Vaccination report Assam 1896-1927 - 1896-1927
Year: 1896
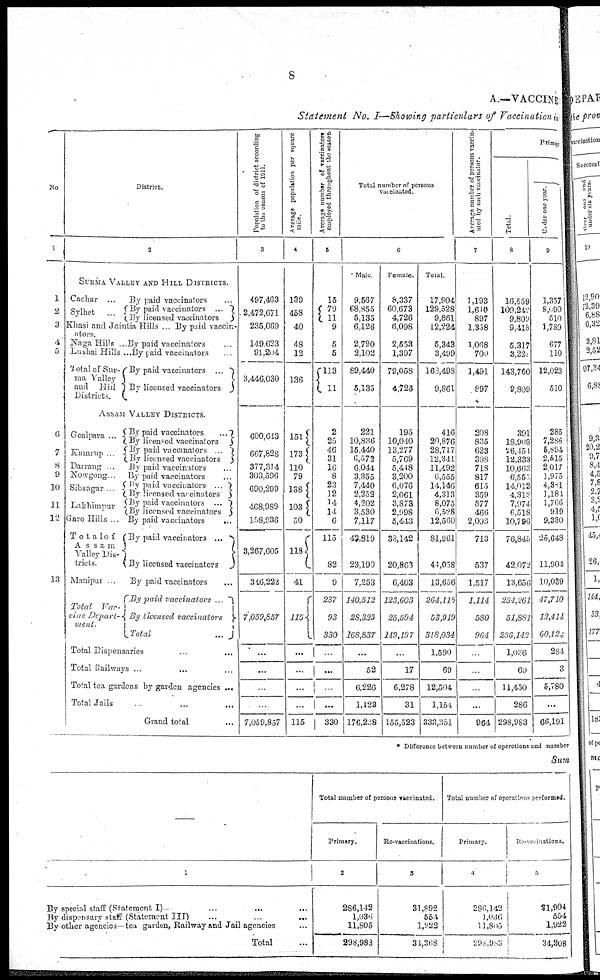
8
A.—VACCINE
Statement No. I—Showing particulars of Vaccination in
No
1
1
2
3
4
5
6
7
8
9
10
11
12
13
District.
2
SURMA VALLEY AND HILL DISTRICTS.
Cachar ...
Sylhet
...
By paid vaccinators ...
By paid vaccinators ...
By licensed vaccinators
Khasi and jaintia Hills .. 13y paid vaccin-
ators.
Naga Hills .. By paid vaccinators ...
Lushai Hills ... By Laid vaccinators ...
Total of sur¬
ma Valley
and
Hill
Districts.
By paid vaccinators ...
By licensed vaccinators
ASSAM VALLEY DISTRICTS.
Goalpara ...
Kamrup
.
Darrang .
Nowgong
Sibsagar
Lakhimpur
Garo Hills .
Total of
Assam
Valley Dis¬
tricts.
By paid vaccinators
...
By licenced vaccinators
By paid vaccinator ...
By licenced vaccinators ...
By paid vaccinators ...
By paid vaccinators ...
By paid vaccinators
By licensed vaccinators
By paid vaccinators ...
By licensed vaccinators
By paid vaccinators
...
By paid vaccinators ...
By licensed vaccinators
Manipur
By paid vaccinators ...
Total
Vac¬
cine Depart¬
ment
By paid vaccinators .
By Licensed, vaccinators
Total
...
Total Dispensaries ... ...
Total Railways ... ... ...
Total tea gardens by garden agencies ...
Total Jails ... ... ...
Grand total ...
Population of district according
to the census of 1911.
3
497,463
2,472,671
235,089
149,623
91,204
3,446,030
600,613
667,828
377,314
303,596
690,299
468,989
158,936
3,267,605
346,222
7,059,857
...
...
...
...
7,059,857
Average population per square
mile.
4
139
458
40
48
12
136
151
173
110
79
138
103
50
118
41
115
...
...
...
...
115
Average number of vaccinators
employed throughout the season
6
15
79
11
9
5
5
113
11
2
25
46
31
16
8
23
12
14
14
6
115
82
9
237
93
330
...
...
...
...
330
Total number of persons
vaccinated.
6
Male.
9,567
68,855
5,135
6,126
2,790
2,102
89,440
5,133
221
10,836
15,440
6,572
6,044
3,355
7,440
2,252
4,202
3,530
7,117
43,819
23,190
7,253
140,512
28,325
168,837
...
52
6,226
1,123
176,288
Female.
8,337
60,673
4,726
6,098
2,553
1,397
79,058
4,723
195
10,040
13,277
5,769
5,448
3,200
6,076
2,061
3,873
2,998
5,443
33,142
20,863
6,403
123,603
25,594
149,197
...
17
6,278
31
155,523
Total.
17,904
129,528
9,861
12,224
5,343
3,499
163,498
9,861
416
20,876
28,717
12,341
11,492
6,555
14,146
4,313
8,075
6,528
12,560
81,961
41,038
13,656
264,115
53,919
318,034
1,590
69
12,504
1,154
333,351
Average number of persons vaccin¬
ated by each vaccinator.
7
1,193
1,640
897
1,358
1,068
700
1,491
897
208
835
623
398
718
817
615
359
577
466
2,093
713
537
1,517
1,114
580
964
...
...
...
...
964
Primary
Total.
8
16,559
109,242
9,809
9,415
5,317
3,22
143,760
9,809
391
18,908
26,151
12,333
10,663
6,557.
14,012
4,313
7,974
6,518
10,796
76,846
42,072
13,656
234,261
51,881
286,142
1,086
69
11,450
286
298,983
Under one year.
9
1,357
8,090
510
1,789
677
110
12,023
510
285
7,286
5,894
2,615
2 017
1,975
4,38l
1,184
1,766
919
9,330
25,648
11,904
10,039
47,710
12,414
60,124
284
3
5,780
...
66,191
* Difference between number of operations and number
Sum
—
1
By special staff (Statement I)—
..
By dispensary staff (Statement III)
...
... ...
By other agencies—tea garden, Railway and Jail agencies ...
Total ...
Total number of previous vaccinated.
Primary.
2
286,142
1,036
11,805
298,983
Re-vaccinations.
3
31,892
569
1,922
34,368
Total number of operations performed.
Primary.
4
28, 142
1,036
11,805
298,983
Re-vaccinations.
5
31,904
554
1,922
34,308